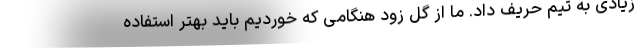
زیادی به تیم حریف داد. ما از گل زود هنگامی که خوردیم باید بهتر استفاده